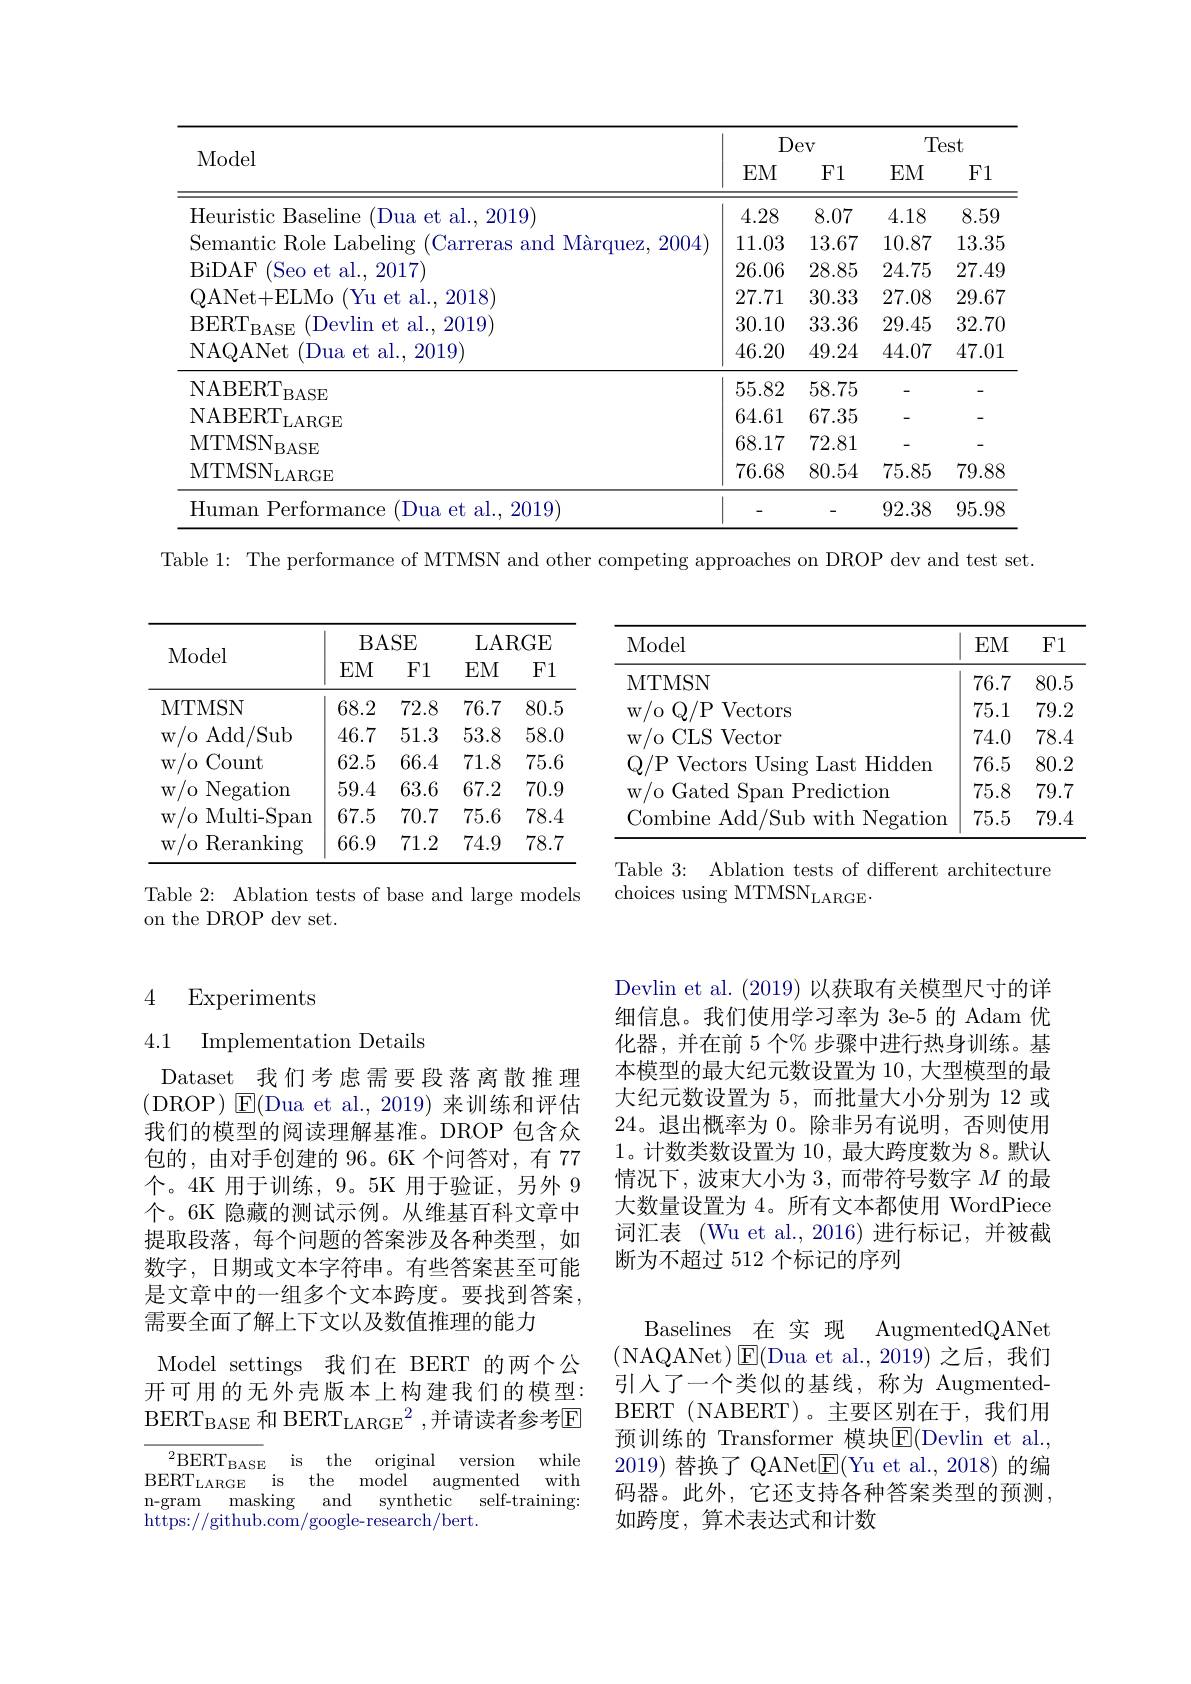
<table>
	<tbody>
		<tr>
			<th rowspan="2">Model</th>
			<th colspan="2">Dev</th>
			<th colspan="2">Test</th>
		</tr>
		<tr>
			<th>$EM$</th>
			<th>F1</th>
			<th>$EM$</th>
			<th>$F1$</th>
		</tr>
		<tr>
			<td>Heuristic Baseline (Dua et al., 2019)</td>
			<td>4.28</td>
			<td>8.07</td>
			<td>4.18</td>
			<td>8.59</td>
		</tr>
		<tr>
			<td>Semantic $\varepsilon$ Role Labeling Carreras Marauez 2004 amn </td>
			<td>11.03</td>
			<td>13.67</td>
			<td>10.87</td>
			<td>13.35</td>
		</tr>
		<tr>
			<td>BiDAF ( Seo et al. , 2017) </td>
			<td>26.06</td>
			<td>28.85</td>
			<td>24.75</td>
			<td>27.49</td>
		</tr>
		<tr>
			<td>DANet+ FLMo Yuef al.2018)</td>
			<td>27.71</td>
			<td>30.33</td>
			<td>27.08</td>
			<td>29.67</td>
		</tr>
		<tr>
			<td>RFRT |)ev|in $et$ t al..2019) $\Lambda\zeta$</td>
			<td>30.10</td>
			<td>33.36</td>
			<td>29.45</td>
			<td>32.70</td>
		</tr>
		<tr>
			<td>2019 1.</td>
			<td>46.20</td>
			<td>49.24</td>
			<td>44.07</td>
			<td>47.01</td>
		</tr>
		<tr>
			<td>NABERT $BASE$</td>
			<td>55.82</td>
			<td>58.75</td>
			<td>-</td>
			<td>-</td>
		</tr>
		<tr>
			<td>NARER' iGF</td>
			<td>64.61</td>
			<td>67.35</td>
			<td>-</td>
			<td>-</td>
		</tr>
		<tr>
			<td>MTMSN $^{|}$BASE</td>
			<td>68.17</td>
			<td>72.81</td>
			<td>-</td>
			<td>-</td>
		</tr>
		<tr>
			<td>$\mathrm{MTMSN}_{\mathrm{LARGE}}$</td>
			<td>76.68</td>
			<td>80.54</td>
			<td>75.85</td>
			<td>79.88</td>
		</tr>
		<tr>
			<td>umam mance Dua $ef$ al. 2019</td>
			<td> </td>
			<td>-</td>
			<td>92.38</td>
			<td>95.98</td>
		</tr>
	</tbody>
</table>

Table 1: The performance of MTMSN and other competing approaches on DROP dev and test set.

<table>
	<tbody>
		<tr>
			<th>Model</th>
			<th>$EM$</th>
			<th>F1</th>
		</tr>
		<tr>
			<td>MTMSN</td>
			<td>76.7</td>
			<td>80.5</td>
		</tr>
		<tr>
			<td>w/ oQ/ P Vectors</td>
			<td>75.1</td>
			<td>79.2</td>
		</tr>
		<tr>
			<td>w/o CLS Vector</td>
			<td>74.0</td>
			<td>78.4</td>
		</tr>
		<tr>
			<td>Q/PVectors Using Last $\textbf{t}$Hidden</td>
			<td>76.5</td>
			<td>80.2</td>
		</tr>
		<tr>
			<td>$W/0$ Gated Span Prediction</td>
			<td>75.8</td>
			<td>79.7</td>
		</tr>
		<tr>
			<td>Combine Add/Sub with Negation</td>
			<td>75.5</td>
			<td>79.4</td>
		</tr>
	</tbody>
</table>

<table>
	<tbody>
		<tr>
			<th>Model</th>
			<th>$BA$ $EM$</th>
			<th>uDE F1</th>
			<th>$LA\bot$ $EM$</th>
			<th>$\operatorname{RG}$E F1</th>
		</tr>
		<tr>
			<td>MTMSN</td>
			<td>68.2</td>
			<td>72.8</td>
			<td>76.7</td>
			<td>80.5</td>
		</tr>
		<tr>
			<td>/0 Add/ /Sub $W$</td>
			<td>46.7</td>
			<td>51.3</td>
			<td>53.8</td>
			<td>58.0</td>
		</tr>
		<tr>
			<td>,Count $W/0$ 1 $i$</td>
			<td>62.5</td>
			<td>66.4</td>
			<td>71.8</td>
			<td>75.6</td>
		</tr>
		<tr>
			<td>/0 Negation $W$,</td>
			<td>59.4</td>
			<td>63.6</td>
			<td>67.2</td>
			<td>70.9</td>
		</tr>
		<tr>
			<td>Multi- Span $W$ 10</td>
			<td>67.5</td>
			<td>70.7</td>
			<td>75.6</td>
			<td>78.4</td>
		</tr>
		<tr>
			<td>${}^{'}0$ Reranking $W$</td>
			<td>66.9</td>
			<td>71.2</td>
			<td>74.9</td>
			<td>78.7</td>
		</tr>
	</tbody>
</table>

Table 3: Ablation tests of different architecture
choices using MTMSN$_\mathrm{LARGE}.$

Table 2: Ablation tests of base and large models
on the DROP dev set.

# 4 Experiments

4.1 Implementation Details

Devlin et al. (2019) 以获取有关模型尺寸的详细信息。我们使用学习率为 3e-5 的 Adam 优化器，并在前 5 个% 步骤中进行热身训练。基本模型的最大纪元数设置为 10, 大型模型的最大纪元数设置为 5, 而批量大小分别为 12 或24。退出概率为0。除非另有说明，否则使用1。计数类数设置为 10,最大跨度数为 8。默认情况下，波束大小为 3,而带符号数字$M$的最大数量设置为 4。所有文本都使用 WordPiece 词汇表 (Wu et al.,2016)进行标记，并被截断为不超过 512 个标记的序列

Dataset 我们考虑需要段落离散推理(DROP)$\textcircled{\mathrm{E}}($Dua et al., 2019)来训练和评估我们的模型的阅读理解基准。DROP 包含众包的，由对手创建的 96。6K 个问答对，有 77个。4K 用于训练，9。5K 用于验证，另外 9个。6K 隐藏的测试示例。从维基百科文章中提取段落，每个问题的答案涉及各种类型，如数字，日期或文本字符串。有些答案甚至可能是文章中的一组多个文本跨度。要找到答案， 需要全面了解上下文以及数值推理的能力

Baselines 在 实 现 AugmentedQANet (NAQANet$)\boxtimes$E(Dua et al.,2019)之后，我们引入了一个类似的基线，称为 AugmentedBERT (NABERT)。主要区别在于，我们用预训练的 Transformer 模块E(Devlin et al., 2019)替换了 QANet$\overline{\mathrm{E}}($Yu et al.,2018)的编码器。此外，它还支持各种答案类型的预测， 如跨度，算术表达式和计数

Model settings 我们在 BERT 的两个公开可用的无外壳版本上构建我们的模型： BERT$_{\mathrm{BASE}}$ 和 BERT$_{\mathrm{LARGE}}^2$,并请读者参考E
$^{2}$BERT$_\mathrm{BASE}$ is the original version while $\mathrm{BERT}_{\mathrm{LARGE}}$is the model augmented with n-gram masking and synthetic self-training: https://github.com/google-research/bert.